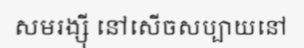
សមរង្ស៊ី នៅសើចសប្បាយនៅ